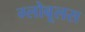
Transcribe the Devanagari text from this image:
ग्लोबूलस